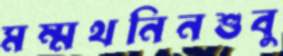
মম্মথনিনশুবু